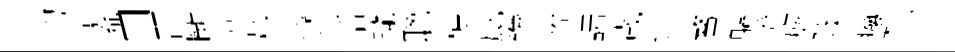
韵愴流口琵㫁菩椁錄活瓏聦穠廐鑽僚諾歲連鳌軀澄旐隩癈想